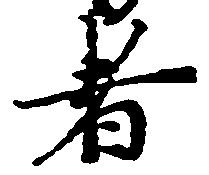
者